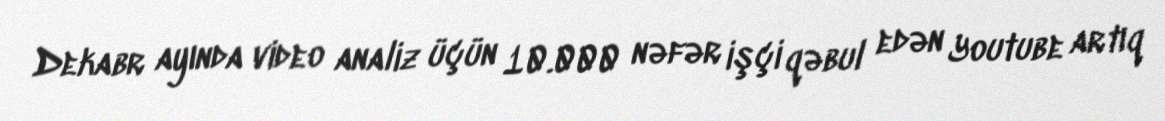
Dekabr ayında video analiz üçün 10.000 nəfər işçi qəbul edən Youtube artıq